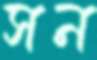
সন